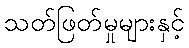
သတ်ဖြတ်မှုများနှင့်